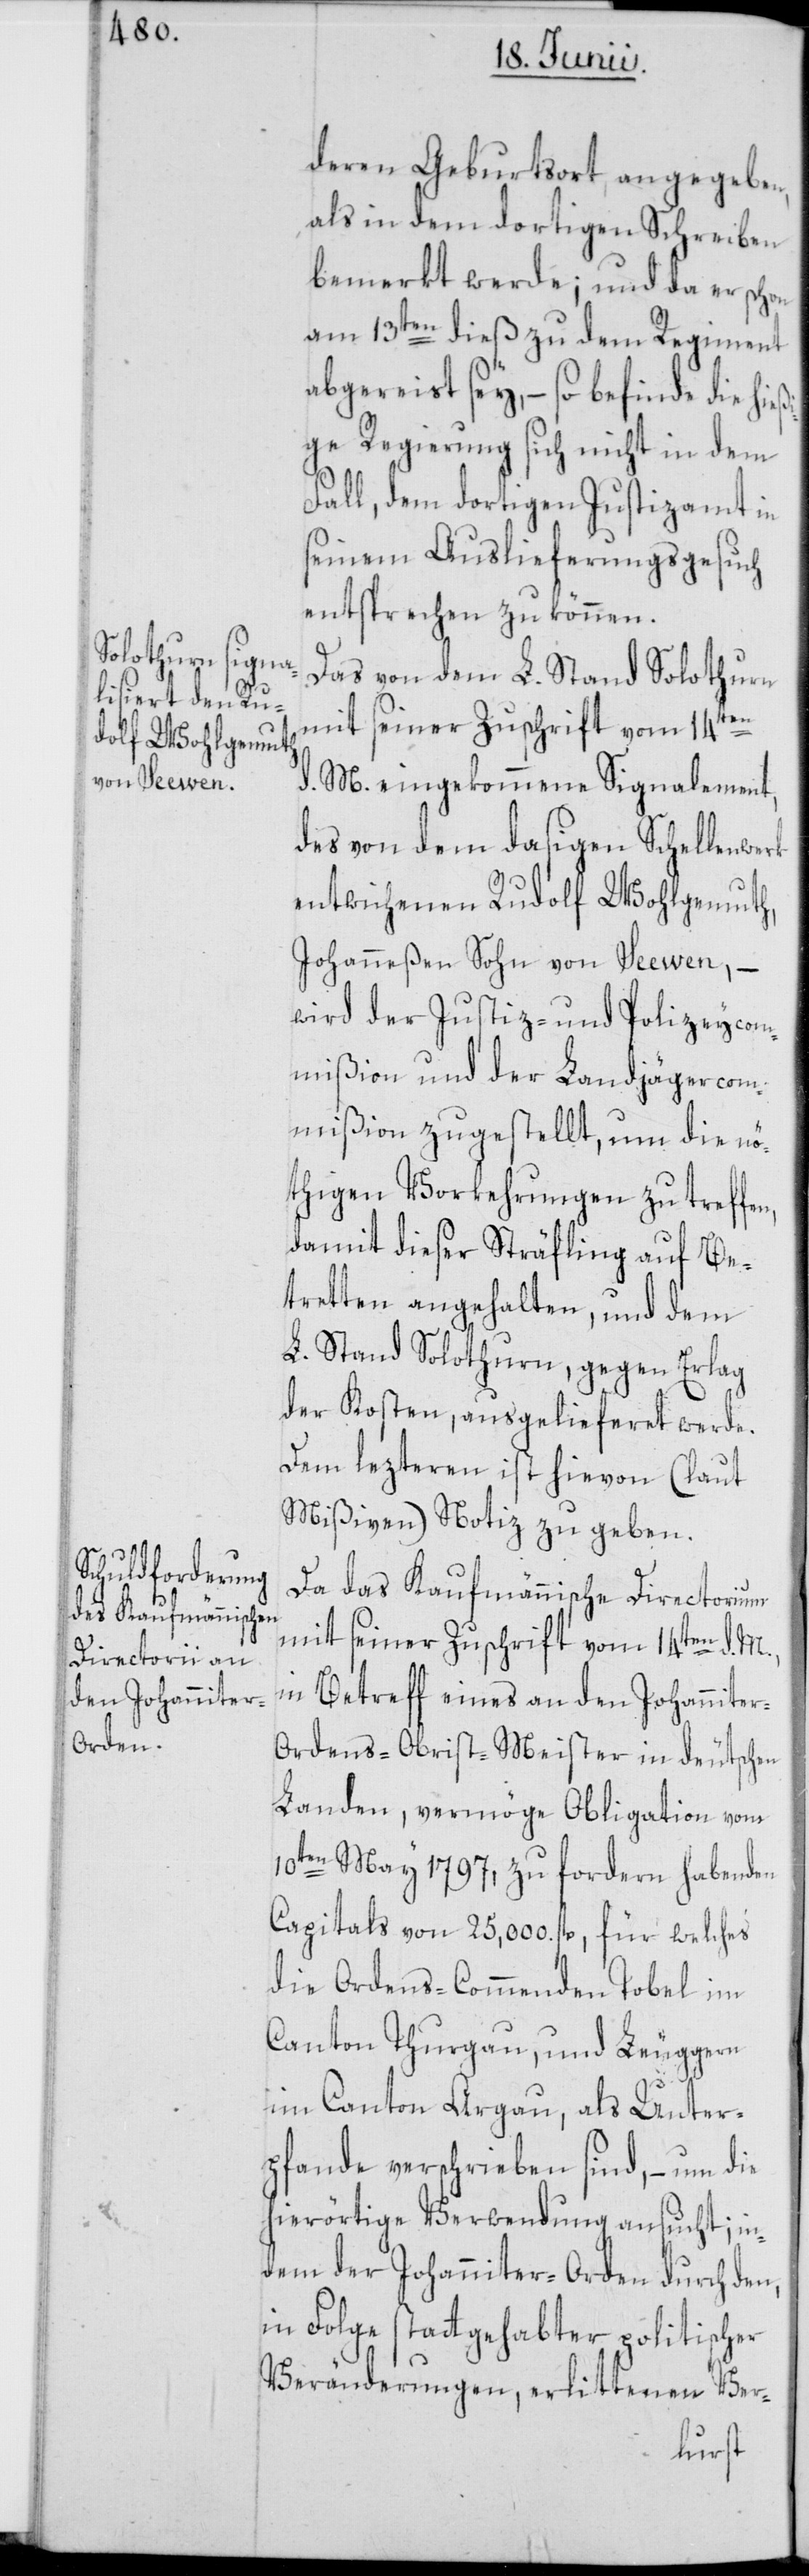
deren Geburtsort, angegeben,
als in dem dortigen Schreiben
bemerkt werde; und da er schon
am 13ten dieß zu dem Regiment
abgereist sey, – so befinde die hieß¬
ige Regierung sich nicht mehr
Fall, dem dortigen Justizamt in
seinem Auslieferungsgesuch
entsprechen zu können.
Das von dem L. Stand Solothurn
mit seiner Zuschrift vom 14ten
d. M. eingekommene Signalement,
des von dem dasigen Schellenwerk
entwichenen Rudolf Wohlgemuth,
Johanneßen Sohn von Seewen, –
wird der Justiz- und Polizeycom¬
mißion und der Landjägercom¬
mißion zugestellt, um die nö¬
thigen Vorkehrungen zu treffen,
damit dieser Sträfling auf Be¬
tretten angehalten, und dem
L. Stand Solothurn, gegen Erlag
der Kosten, ausgelieferet werde.
Dem lezteren ist hievon (laut
Mißiven) Notiz zu geben.
Da das Kaufmännische Directorium
mit seiner Zuschrift vom 14ten d. M.,
in Betreff eines an den Johannite¬
r-Ordens-Obrist-Meister in deutschen
Landen, vermöge Obligation vom
10ten May 1797, zu fordern habenden
Capitals von 25,000. fl., für welches
die Ordens-Commenden Tobel im
Canton Thurgau, und Leuggern
im Canton Argau, als Unter¬
pfande verschrieben sind, – um die
hierörtige Verwendung ansucht; in¬
dem der Johanniter-Orden durch den,
in Folge stattgehabter politischer
Veränderungen, erlittenen Ver-